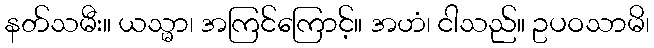
နတ်သမီး။ ယသ္မာ၊ အကြင်ကြောင့်။ အဟံ၊ ငါသည်။ ဥပဝသာမိ၊